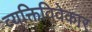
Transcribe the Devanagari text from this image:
व्यक्तिविवेकार